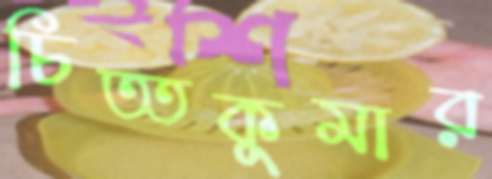
চিত্তকুমার